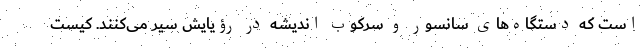
است که دستگاه‌های سانسور و سرکوب اندیشه در رؤیایش سیر می‌کنند. کیست